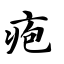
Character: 疱